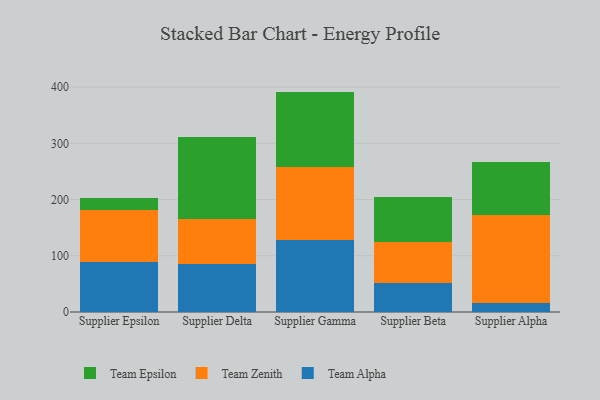
{"axis": {"x": "Supplier", "y": "Population (Million)"}, "legend": ["Team Alpha", "Team Epsilon", "Team Zenith"], "data": [{"x": "Supplier Epsilon", "y": 89.8, "type": "Team Alpha"}, {"x": "Supplier Epsilon", "y": 92.2, "type": "Team Zenith"}, {"x": "Supplier Epsilon", "y": 21.5, "type": "Team Epsilon"}, {"x": "Supplier Delta", "y": 84.5, "type": "Team Alpha"}, {"x": "Supplier Delta", "y": 80.8, "type": "Team Zenith"}, {"x": "Supplier Delta", "y": 145.6, "type": "Team Epsilon"}, {"x": "Supplier Gamma", "y": 128.0, "type": "Team Alpha"}, {"x": "Supplier Gamma", "y": 130.3, "type": "Team Zenith"}, {"x": "Supplier Gamma", "y": 133.7, "type": "Team Epsilon"}, {"x": "Supplier Beta", "y": 51.1, "type": "Team Alpha"}, {"x": "Supplier Beta", "y": 73.3, "type": "Team Zenith"}, {"x": "Supplier Beta", "y": 80.6, "type": "Team Epsilon"}, {"x": "Supplier Alpha", "y": 16.2, "type": "Team Alpha"}, {"x": "Supplier Alpha", "y": 155.7, "type": "Team Zenith"}, {"x": "Supplier Alpha", "y": 94.6, "type": "Team Epsilon"}]}